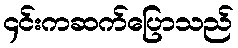
၄င်းကဆက်ပြောသည်